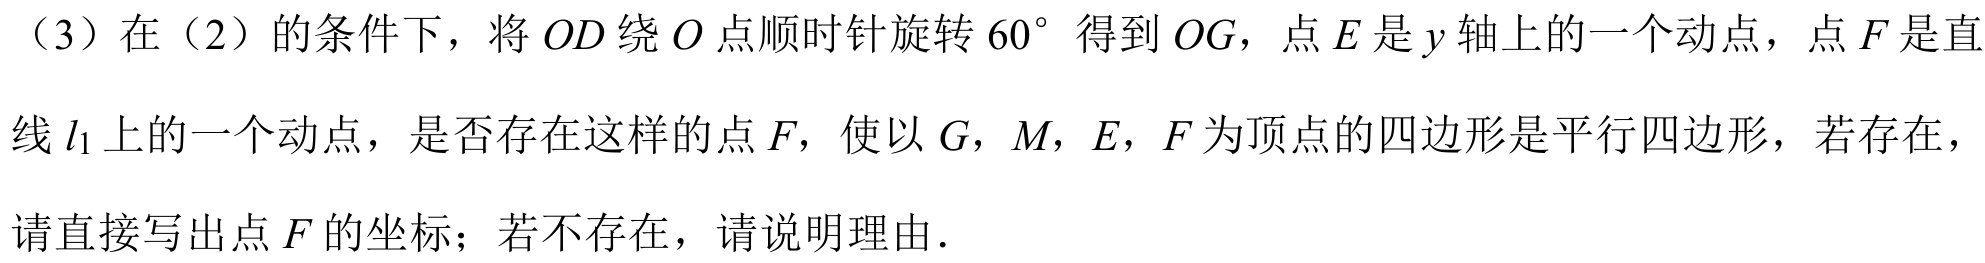
（3）在（2）的条件下，将\(OD\)绕\(O\)点顺时针旋转\(60^{\circ}\)得到\(OG\)，点\(E\)是\(y\)轴上的一个动点，点\(F\)是直线\(l_{1}\)上的一个动点，是否存在这样的点\(F\)，使以\(G\)，\(M\)，\(E\)，\(F\)为顶点的四边形是平行四边形，若存在，请直接写出点\(F\)的坐标；若不存在，请说明理由．